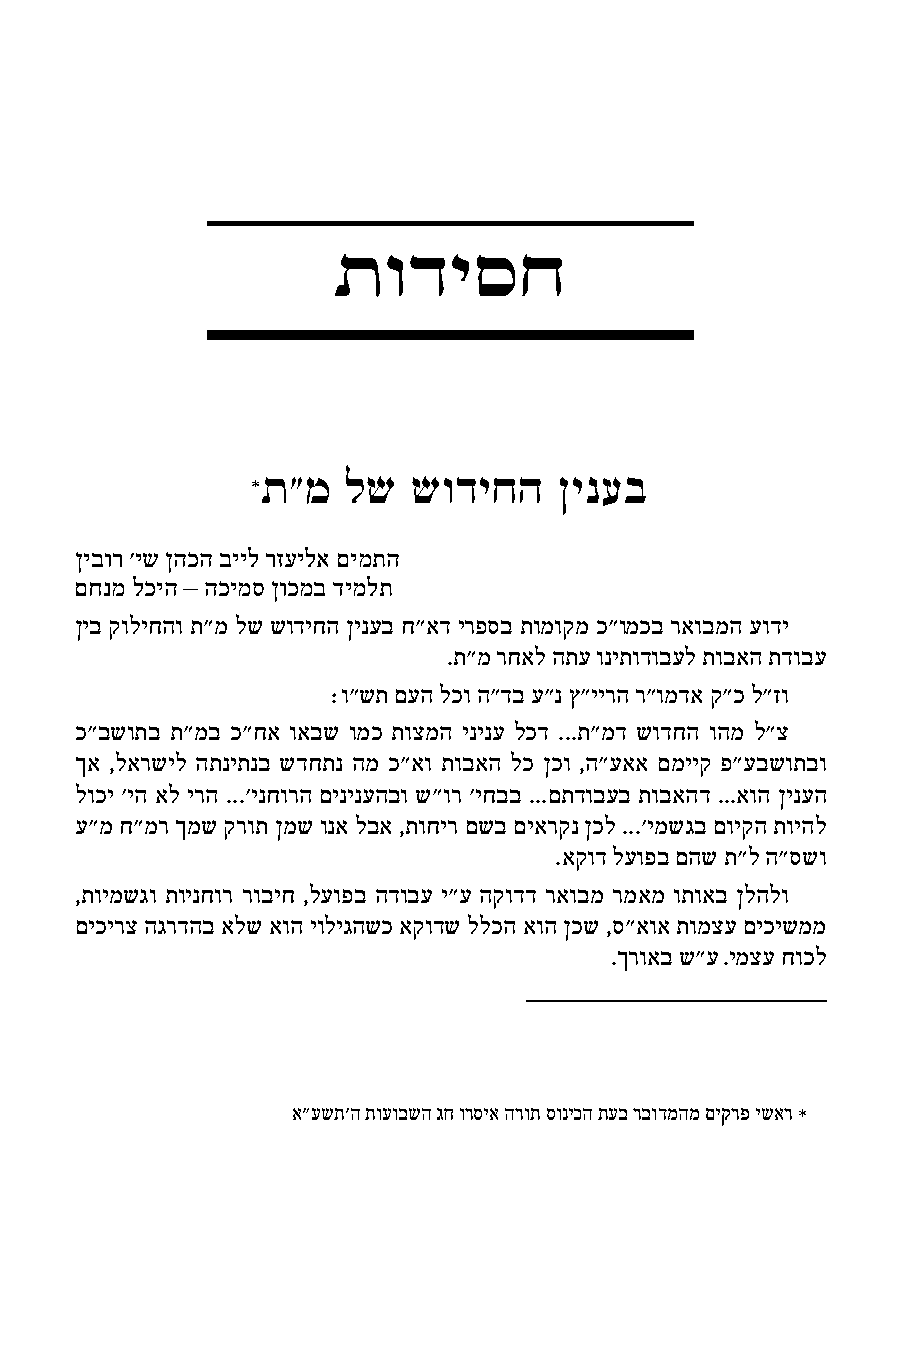
תודיסח
 ת"מ  לש  שודיחה    ןינעב
 ןיבור 'יש ןהכה בייל רזעילא םימתה
 םחנמ לכיה – הכימס ןוכמב דימלת
 ןיב קוליחהו ת"מ לש שודיחה ןינעב ח"אד ירפסב תומוקמ כ"ומכב ראובמה עודי
 .ת"מ רחאל התע וניתודובעל תובאה תדובע
 9ו"שת םעה לכו ה"דב ע"נ ץ"יירה ר"ומדא ק"כ ל"זו
 כ״בשותב ת״מב כ״חא ואבש ומכ תוצמה ינינע לכד ...ת״מד שודחה והמ ל״צ
 ךא ,לארשיל התניתנב שדחתנ המ כ״או תובאה לכ ןכו ,ה״עאא םמייק פ״עבשותבו
 לוכי ׳יה אל ירה ...׳ינחורה םינינעהבו ש״ור ׳יחבב ...םתדובעב תובאהד ...אוה ןינעה
 ע״מ ח״מר ךמש קרות ןמש ונא לבא ,תוחיר םשב םיארקנ ןכל ...׳ימשגב םויקה תויהל
 .אקוד לעופב םהש ת״ל ה״סשו
 ,תוימשגו תוינחור רוביח ,לעופב הדובע י"ע הקודד ראובמ רמאמ ותואב ןלהלו
 םיכירצ הגרדהב אלש אוה יוליגהשכ אקודש ללכה אוה ןכש ,ס"אוא תומצע םיכישממ
 .ךרואב ש"ע .ימצע חוכל
 א"עשת'ה תועובשה גח ורסיא הרות סוניכה תעב רבודמהמ םיקרפ ישאר 